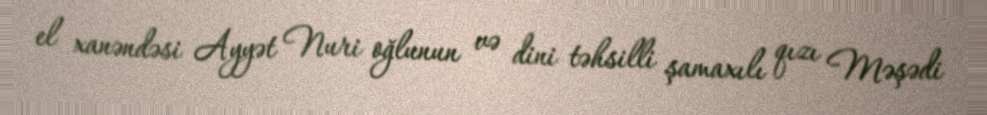
el xanəndəsi Ayyət Nuri oğlunun və dini təhsilli şamaxılı qızı Məşədi